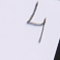
4